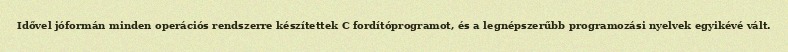
Idővel jóformán minden operációs rendszerre készítettek C fordítóprogramot, és a legnépszerűbb programozási nyelvek egyikévé vált.